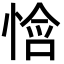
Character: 𫺧